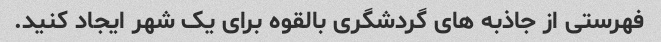
فهرستی از جاذبه های گردشگری بالقوه برای یک شهر ایجاد کنید.